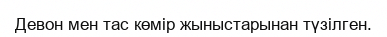
Девон мен тас көмір жыныстарынан түзілген.